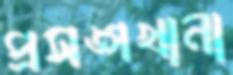
প্রসঙ্গখানা